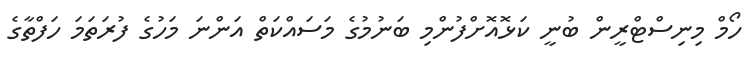
ހޯމް މިނިސްޓްރީން ބުނީ ކަޅޮއޮށްފުންމި ބަނުމުގެ މަސައްކަތް އަންނަ މަހުގެ ފުރަތަމަ ހަފްތާގެ